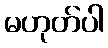
မဟုတ်ပါ